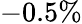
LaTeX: -0.5\%